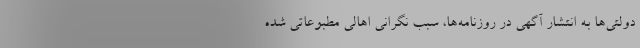
دولتی‌ها به انتشار آگهی در روزنامه‌ها، سبب نگرانی اهالی مطبوعاتی شده